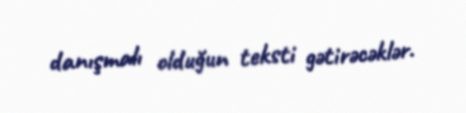
danışmalı olduğun teksti gətirəcəklər.